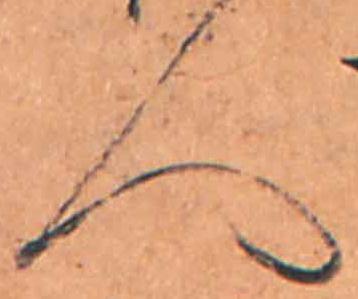
人